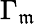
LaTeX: \Gamma_{\mathfrak{m}}